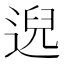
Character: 𫐰